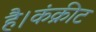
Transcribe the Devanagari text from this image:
है।कंक्रीट